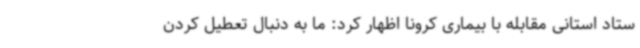
ستاد استانی مقابله با بیماری کرونا اظهار کرد: ما به دنبال تعطیل کردن